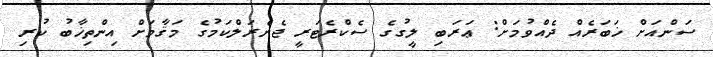
ސަންއަށް ޚަބަރެއް ދެއްވުމަށް: ޢަރަބި ލީގުގެ ސެކްރެޓަރީ ޖެނެރަލްކަމުގެ މަޤާމަށް އިންތިޚާބު ކުރި